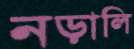
নড়ালি